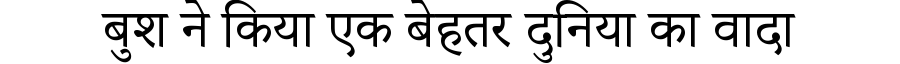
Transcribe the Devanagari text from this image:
बुश ने किया एक बेहतर दुनिया का वादा